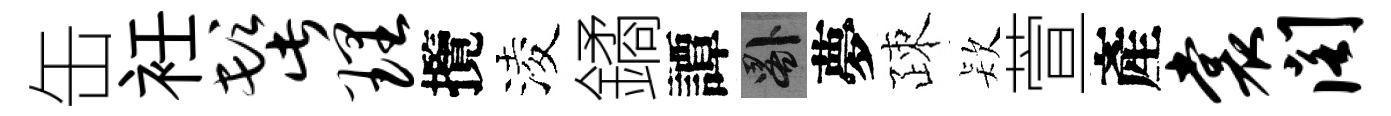
缶衽髭理攬淩鐍譚晷夢疎𣣇萱產裳阁